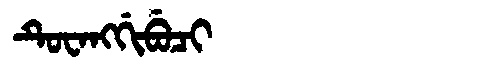
Manchu: ᡨᡠᠸᠠᠩᡤᡳᠪᡠᠴᡳ
Romanization: TUWANGGIBUCI